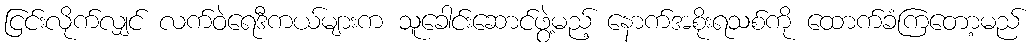
ငြင်းလိုက်လျှင် လက်ဝဲရေဒီကယ်များက သူခေါင်းဆောင်ဖွဲ့မည့် နောက်အစိုးရသစ်ကို ထောက်ခံကြတော့မည်